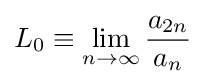
L_{0}\equiv \lim _{n\rightarrow \infty }{\frac {a_{2n}}{a_{n}}}